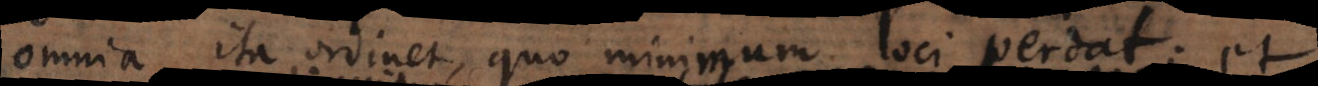
omnia ita ordinet, quo minimum loci perdat; et